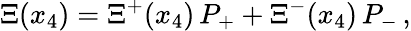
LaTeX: \Xi(x_{4})=\Xi^{+}(x_{4})\, P_{+}+\Xi^{-}(x_{4})\, P_{-}\, ,